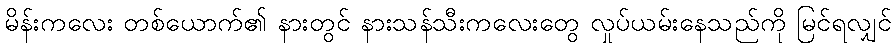
မိန်းကလေး တစ်ယောက်၏ နားတွင် နားသန်သီးကလေးတွေ လှုပ်ယမ်းနေသည်ကို မြင်ရလျှင်